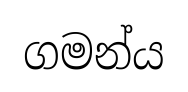
ගමන්ය